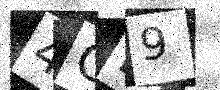
Text: 4CK9